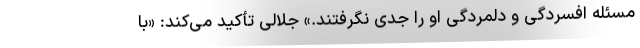
مسئله افسردگی و دلمردگی او را جدی نگرفتند.» جلالی تأکید می‌کند: «با